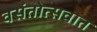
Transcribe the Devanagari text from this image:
वसंतोत्सवात